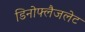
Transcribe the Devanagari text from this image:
डिनोफ्लैजलेट